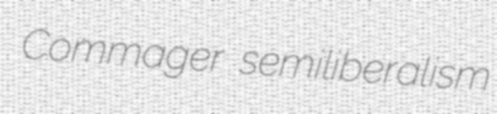
Commager semiliberalism